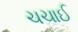
ચચાઈ